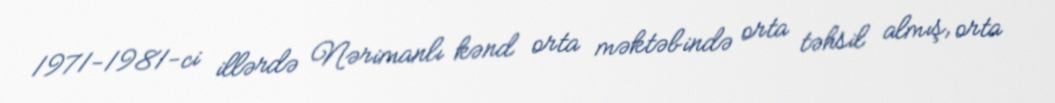
1971-1981-ci illərdə Nərimanlı kənd orta məktəbində orta təhsil almış, orta